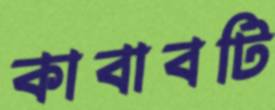
কাবাবটি